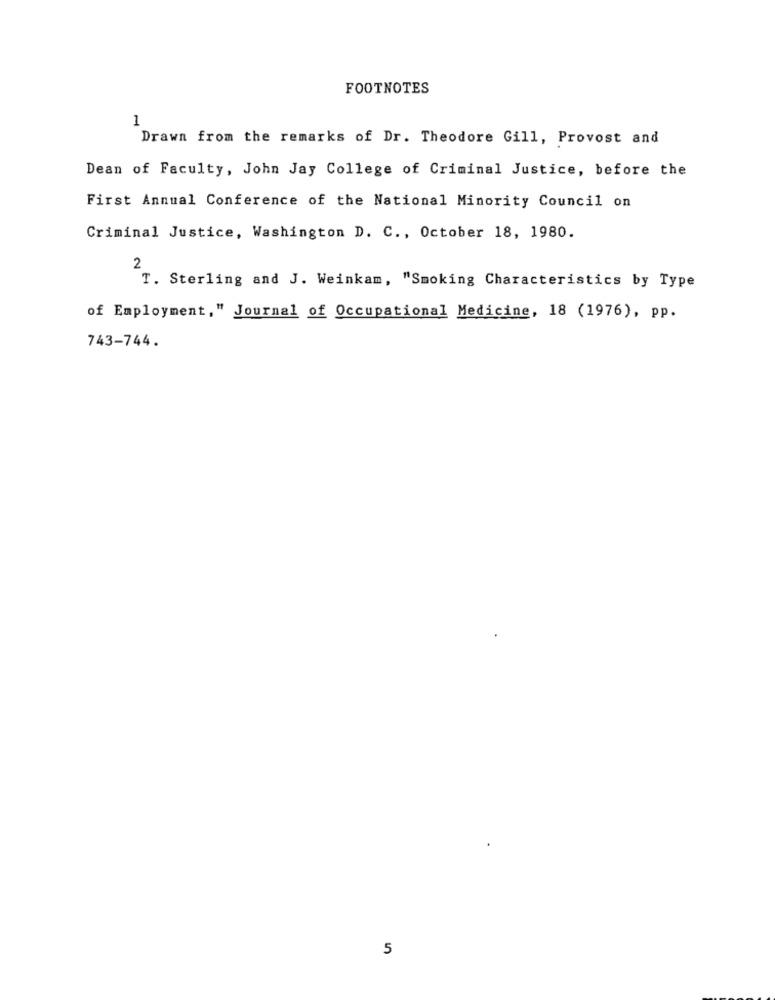
FOOTNOTES
1
Drawn from the remarks of Dr. Theodore Gill, Provost and
Dean of Faculty, John Jay College of Criminal Justice, before the
First Annual Conference of the National Minority Council on
Criminal Justice, Washington D. C ., October 18, 1980.
2
T. Sterling and J. Weinkam, "Smoking Characteristics by Type
of Employment," Journal of Occupational Medicine, 18 (1976), pp.
743-744.
5